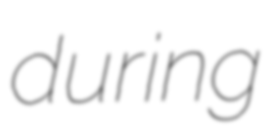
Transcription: during